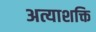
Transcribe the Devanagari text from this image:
अत्याशक्ति